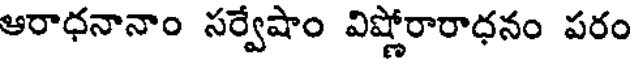
ఆరాధనానాం సర్వేషాం విష్ణోరారాధనం పరం